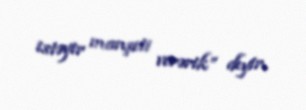
istəyir manşeti verərik” deyir.